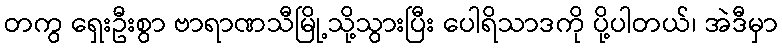
တကွ ရှေးဦးစွာ ဗာရာဏသီမြို့သို့သွားပြီး ပေါရိသာဒကို ပို့ပါတယ်၊ အဲဒီမှာ